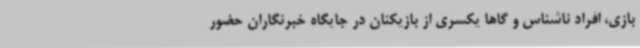
بازی، افراد ناشناس و گاها یکسری از بازیکنان در جایگاه خبرنگاران حضور